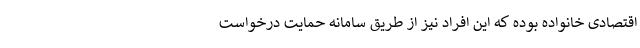
اقتصادی خانواده بوده که این افراد نیز از طریق سامانه حمایت درخواست